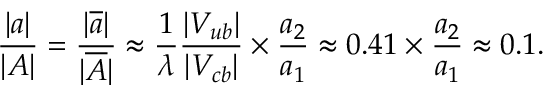
\frac { | a | } { | A | } = \frac { | \overline { { { a } } } | } { | \overline { { { A } } } | } \approx \frac { 1 } { \lambda } \frac { | V _ { u b } | } { | V _ { c b } | } \times \frac { a _ { 2 } } { a _ { 1 } } \approx 0 . 4 1 \times \frac { a _ { 2 } } { a _ { 1 } } \approx 0 . 1 .